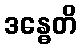
ဒန္ဓေတိ